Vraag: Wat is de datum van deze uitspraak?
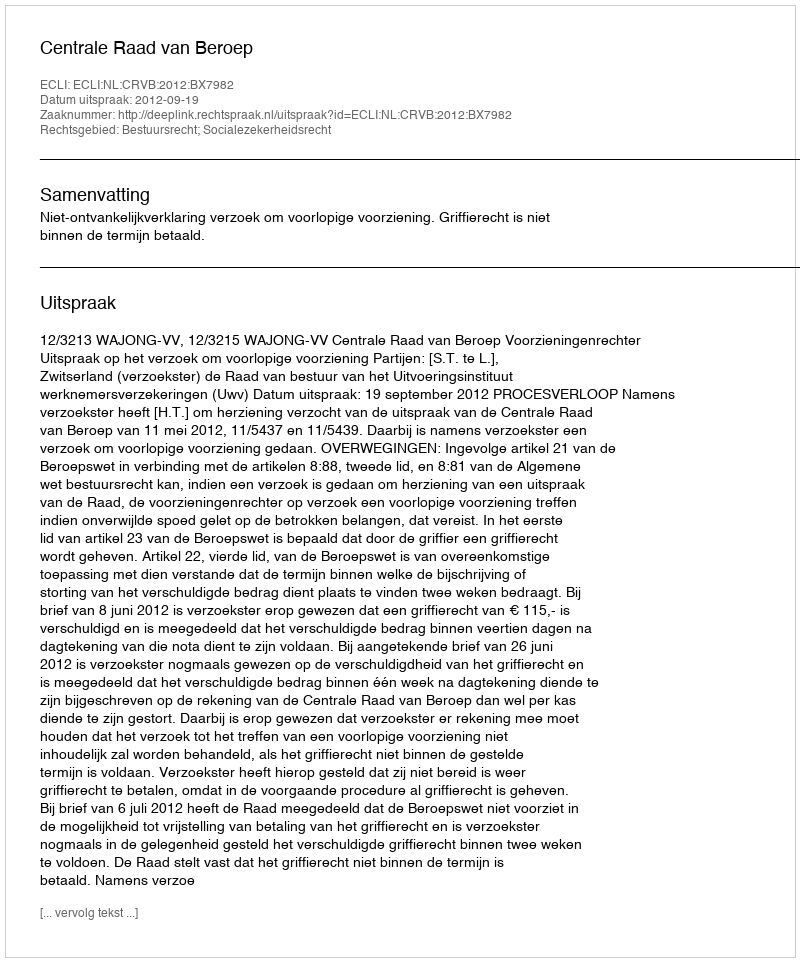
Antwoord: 2012-09-19